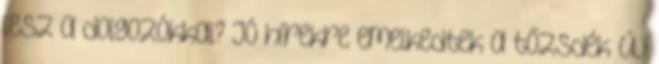
lesz a dolgozókkal? Jó hírekre emelkedtek a tőzsdék Új